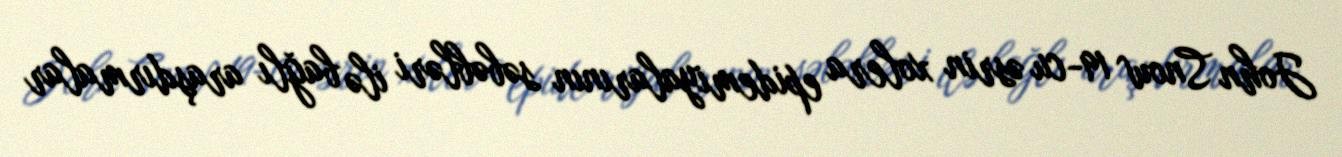
John Snow 19-cu əsrin xolera epidemiyalarının səbəbləri ilə bağlı araşdırmalar